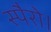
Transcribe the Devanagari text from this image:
स्पैरो।